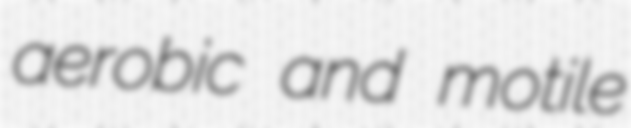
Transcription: aerobic and motile